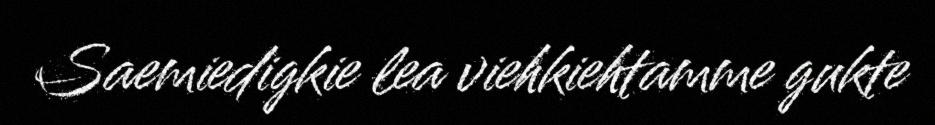
Saemiedigkie lea viehkiehtamme gukte